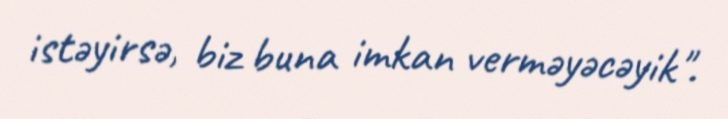
istəyirsə, biz buna imkan verməyəcəyik".